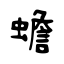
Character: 蟾